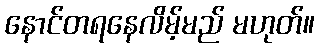
နောင်တရနေလိမ့်မည် မဟုတ်။